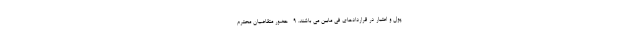
پول و اعتبار در قراردادهای فی مابین می باشند. 9- حضور متقاضیان محترم